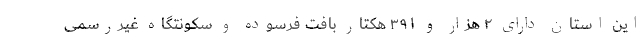
این استان دارای ۲ هزار و ۳۹۱ هکتار بافت فرسوده و سکونتگاه غیررسمی